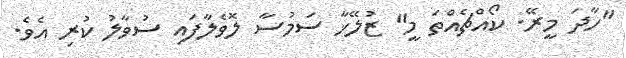
"ހާދަ މީރޭ. ކޯއްޗެއްތަ މީ" ޒުލޭޚާ ސަމުސާ ލޮވެލާފައި ސުވާލު ކުރި އެވެ.